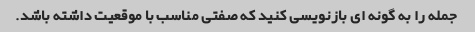
جمله را به گونه ای بازنویسی کنید که صفتی مناسب با موقعیت داشته باشد.